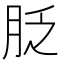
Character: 𦚖